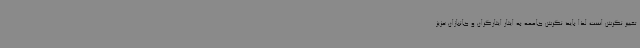
تغییر نگرش است لذا باید نگرش جامعه به ایثار ایثارگران و جانبازان عزیز